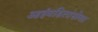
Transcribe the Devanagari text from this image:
आईवडिलांसोबत